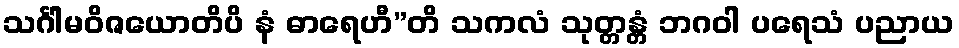
သင်္ဂါမဝိဇယောတိပိ နံ ဓာရေဟီ”တိ သကလံ သုတ္တန္တံ ဘဂဝါ ပရေသံ ပညာယ